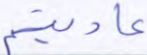
عاديتم